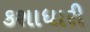
કશાધારી